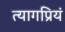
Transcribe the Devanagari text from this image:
त्यागप्रियं